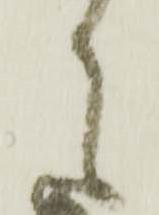
々